Newspaper: East Saginaw courier.
Place of publication: East Saginaw, Mich.
Publisher: Geo. F. Lewis
Date: 1865-03-08 00:00:00
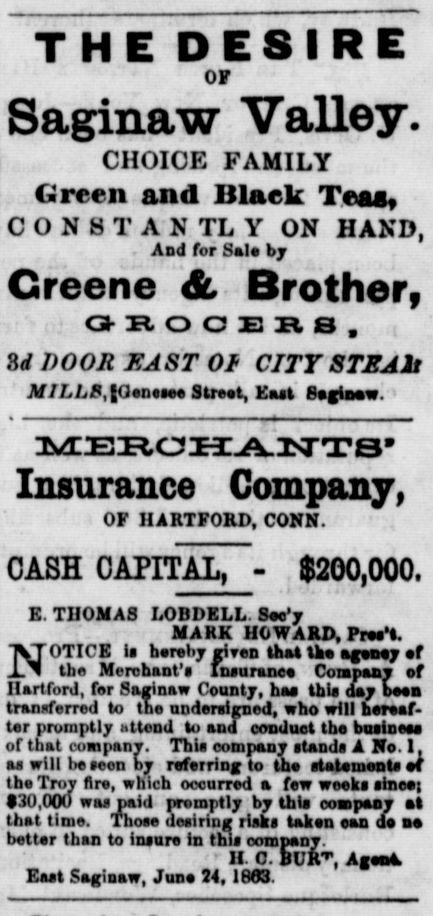
Advertisement text (OCR):
THE DESIRE OF Saginaw Valley. CHOICE FAMILY Green and Black Teas CONSTANTLY ON HAND, And for Sale by Greene & Brother, CrEOOERB, Zd DOOR EAST 01 CITY STEAlt AfLL5,(0enese Street, East Saginaw. :ivr:Eita:Ei.:isrxs' Insurance Company! OF HARTFORD, CONN. CASH CAPITAL, - . $200,000. E. THOMAS LOBDELL. Sec'y MARK HOWARD, Pree't. NOTICE is hereby ri ven that the agency ef the Merchant's Insurance Company of Hartford, for Saginaw County, haa this day bee transferred to the undersigned, who will hereaf ter promptly attend to and conduct the business of that company. This company stands A No. 1, as will be seen by referring to the statements at the Troy fire, which occurred a few weeks sineej 30,000 was paid promptly by this company al that time. Those desiring risks taken ean de better than to insure In this company. ' II. O. BUR-", AgoeA East Saginaw, June 34, 1863.
Label: text-only